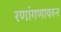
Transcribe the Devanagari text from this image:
रणांगणावरुन